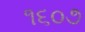
૧૬૦૭